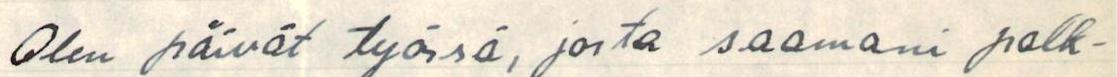
Olen päivät työssä, josta saamani palk-